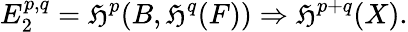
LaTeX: E_{2}^{p,q}=\mathfrak{H}^{p}(B,\mathfrak{H}^{q}(F))\Rightarrow\mathfrak{H}^{p+q}(X).